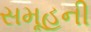
સમૂહની